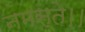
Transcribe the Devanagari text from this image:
नमस्ते।।